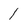
Character: 1